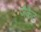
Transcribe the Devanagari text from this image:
जैकैट